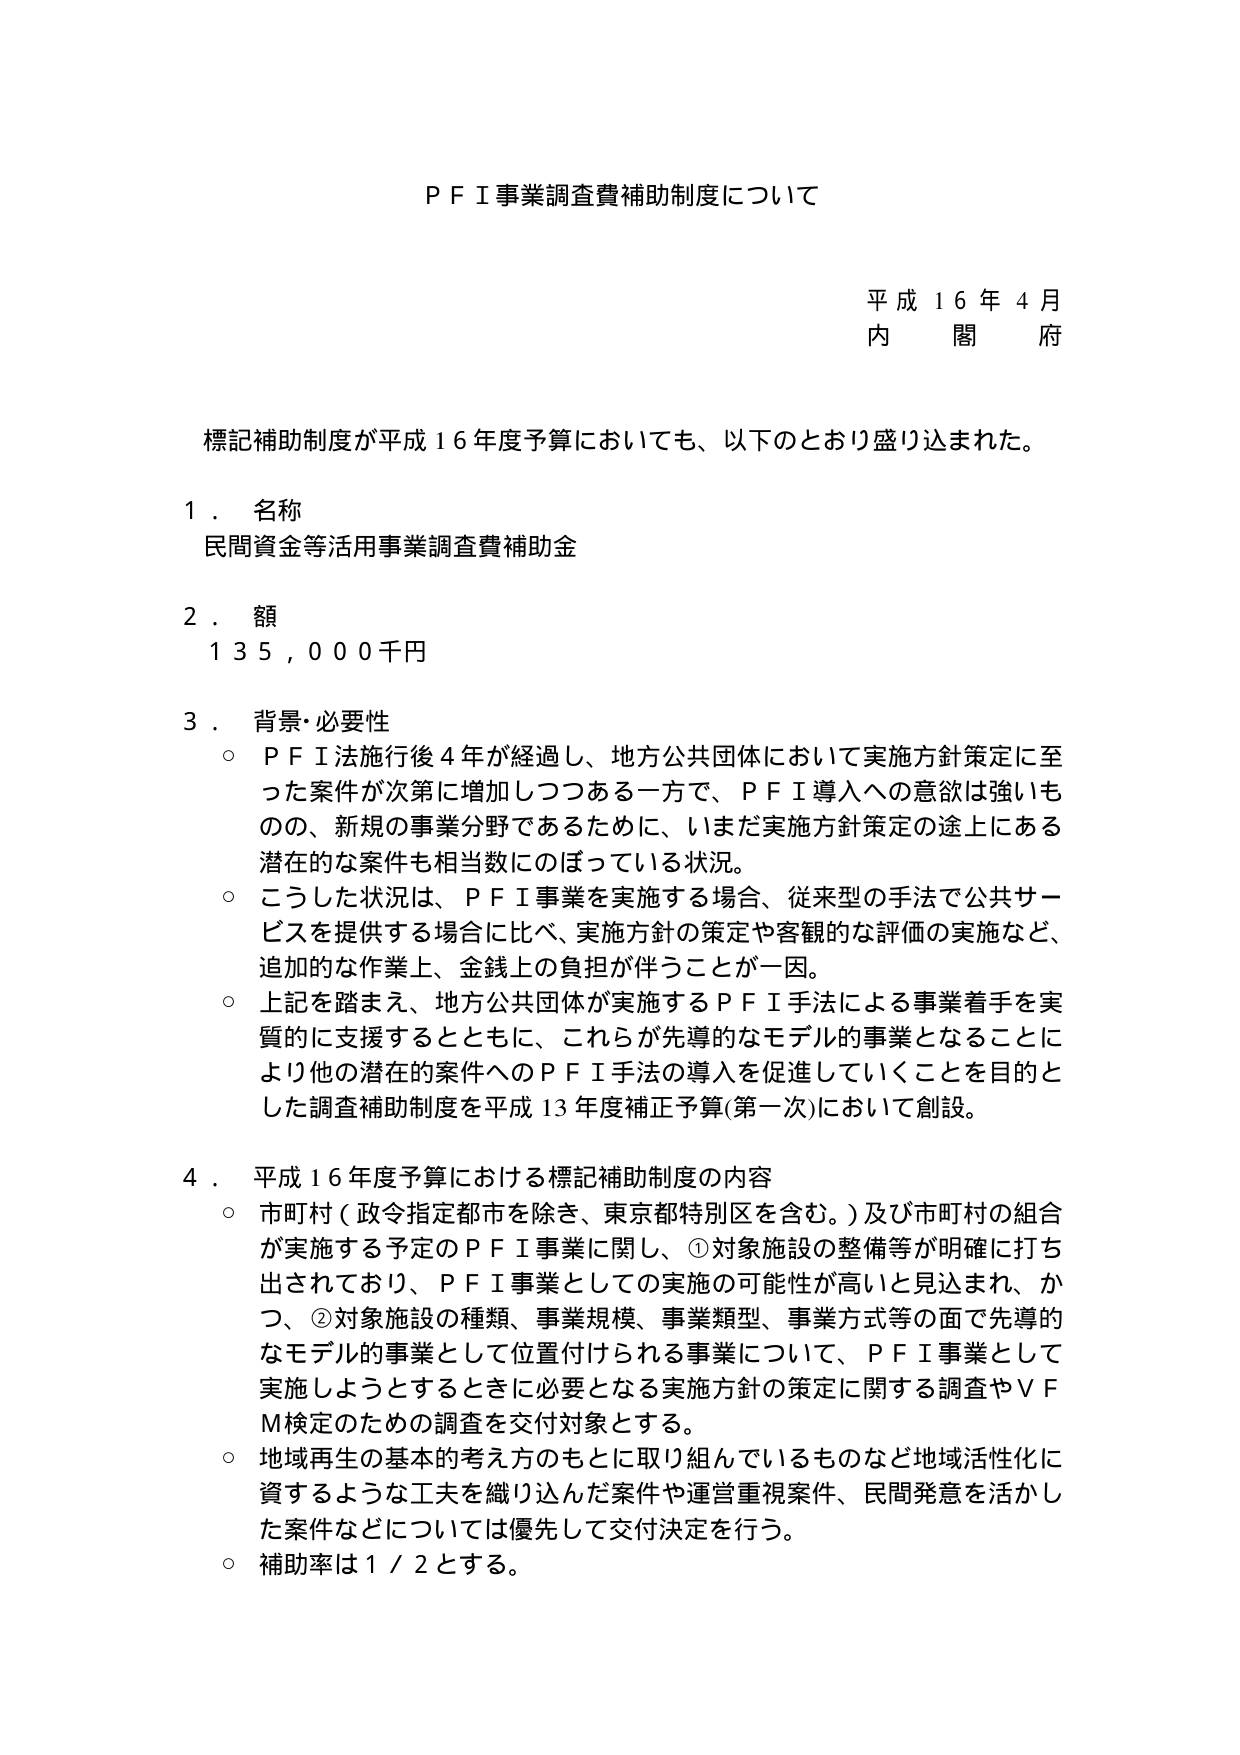
ＰＦＩ事業調査費補助制度について

平成１６年４月
内閣府

標記補助制度が平成１６年度予算においても、以下のとおり盛り込まれた。

１．名称
民間資金等活用事業調査費補助金

２．額
１３５，０００千円

３．背景・必要性
○ ＰＦＩ法施行後４年が経過し、地方公共団体において実施方針策定に至った案件が次第に増加しつつある一方で、ＰＦＩ導入への意欲は強いものの、新規の事業分野であるために、いまだ実施方針策定の途上にある潜在的な案件も相当数にのぼっている状況。
○ こうした状況は、ＰＦＩ事業を実施する場合、従来型の手法で公共サービスを提供する場合に比べ、実施方針の策定や客観的な評価の実施など、追加的な作業上、金銭上の負担が伴うことが一因。
○ 上記を踏まえ、地方公共団体が実施するＰＦＩ手法による事業着手を実質的に支援するとともに、これらが先導的なモデル的事業となることにより他の潜在的案件へのＰＦＩ手法の導入を促進していくことを目的とした調査補助制度を平成１３年度補正予算（第一次）において創設。

４．平成１６年度予算における標記補助制度の内容
○ 市町村（政令指定都市を除き、東京都特別区を含む。）及び市町村の組合が実施する予定のＰＦＩ事業に関し、①対象施設の整備等が明確に打ち出されており、ＰＦＩ事業としての実施の可能性が高いと見込まれ、かつ、②対象施設の種類、事業規模、事業類型、事業方式等の面で先導的なモデル的事業として位置付けられる事業について、ＰＦＩ事業として実施しようとするときに必要となる実施方針の策定に関する調査やＶＦＭ検定のための調査を交付対象とする。
○ 地域再生の基本的考え方のもとに取り組んでいるものなど地域活性化に資するような工夫を織り込んだ案件や運営重視案件、民間発意を活かした案件などについては優先して交付決定を行う。
○ 補助率は１／２とする。